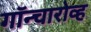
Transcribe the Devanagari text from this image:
गॉन्चारोव्ह